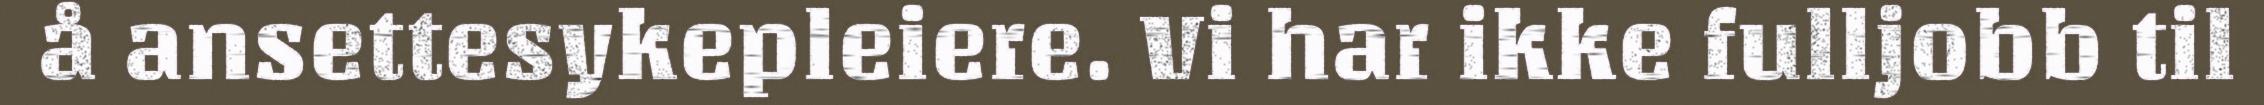
å ansettesykepleiere. Vi har ikke fulljobb til